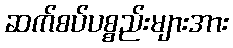
ဆက်စပ်ပစ္စည်းများအား